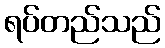
ရပ်တည်သည်